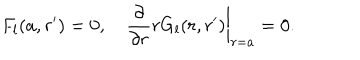
LaTeX: F _ { l } ( a , r ^ { \prime } ) = 0 , \quad { \frac { \partial } { \partial r } } r G _ { l } ( r , r ^ { \prime } ) \bigg | _ { r = a } = 0 .